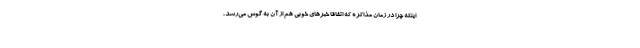
اینکه چرا در زمان مذاکره که اتفاقا خبرهای خوبی هم از آن به گوش می‌رسد،